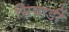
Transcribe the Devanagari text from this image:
सियार्डी